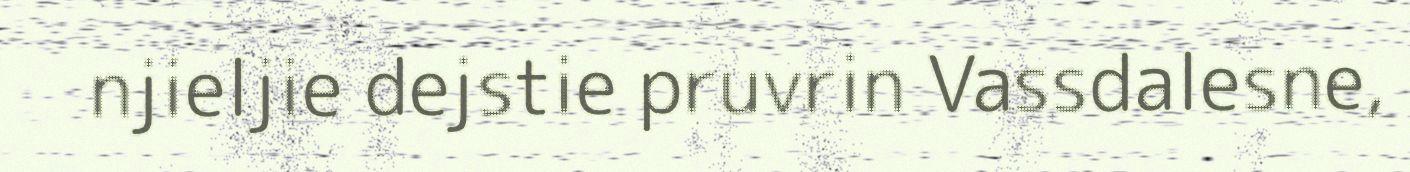
njieljie dejstie pruvrin Vassdalesne,